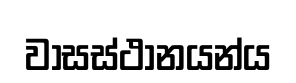
වාසස්ථානයන්ය